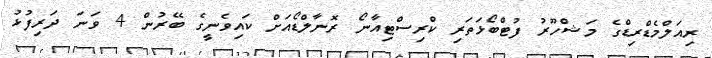
ރިއަލްމެޑްރިޑްގެ މަޝްހޫރު ފުޓްބޯޅަތަރި ކްރިސްޓިއާނޯ ރޮނާލްޑޯއަށް ކައިވެނީގެ ބޭރުން 4 ވަނަ ދަރިފުޅު